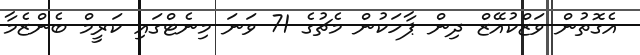
އެގޮތުން ވަޒްކުއޭޒް ދިން ޕާހަކުން މެޗުގެ 71 ވަނަ މިނެޓްގައި ކަރީމް ބެންޒެމާ